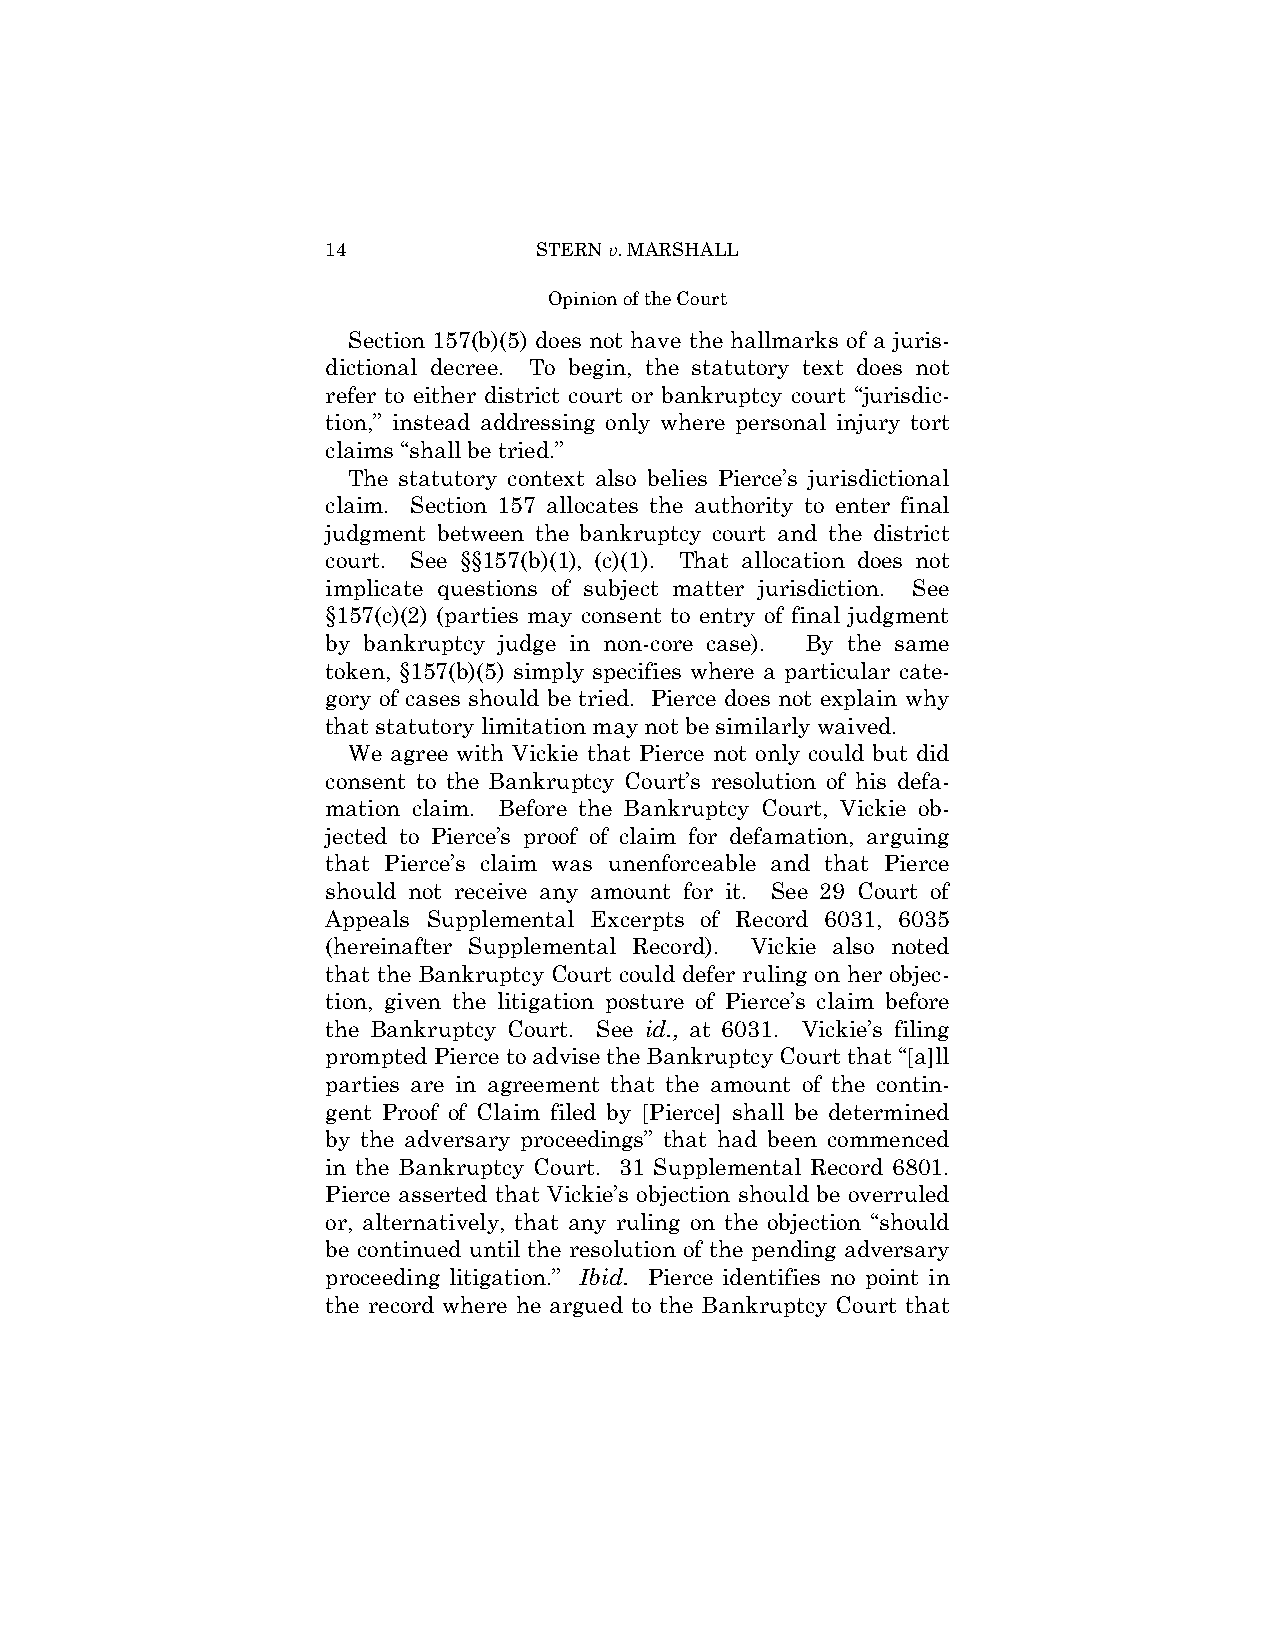
14            STERN v. MARSHALL
 Opinion of the Court
 Section 157(b)(5) does not have the hallmarks of a juris­
 dictional decree. To begin, the statutory text does not
 refer to either district court or bankruptcy court “jurisdic­
 tion,” instead addressing only where personal injury tort
 claims “shall be tried.”
 The statutory context also belies Pierce’s jurisdictional
 claim. Section 157 allocates the authority to enter final
 judgment between the bankruptcy court and the district
 court. See §§157(b)(1), (c)(1). That allocation does not
 implicate questions of subject matter jurisdiction. See
 §157(c)(2) (parties may consent to entry of final judgment
 by bankruptcy judge in non-core case). By the same
 token, §157(b)(5) simply specifies where a particular cate­
 gory of cases should be tried. Pierce does not explain why
 that statutory limitation may not be similarly waived.
 We agree with Vickie that Pierce not only could but did
 consent to the Bankruptcy Court’s resolution of his defa­
 mation claim. Before the Bankruptcy Court, Vickie ob­
 jected to Pierce’s proof of claim for defamation, arguing
 that Pierce’s claim was unenforceable and that Pierce
 should not receive any amount for it. See 29 Court of
 Appeals Supplemental Excerpts of Record 6031, 6035
 (hereinafter Supplemental Record). Vickie also noted
 that the Bankruptcy Court could defer ruling on her objec­
 tion, given the litigation posture of Pierce’s claim before
 the Bankruptcy Court. See id., at 6031. Vickie’s filing
 prompted Pierce to advise the Bankruptcy Court that “[a]ll
 parties are in agreement that the amount of the contin­
 gent Proof of Claim filed by [Pierce] shall be determined
 by the adversary proceedings” that had been commenced
 in the Bankruptcy Court. 31 Supplemental Record 6801.
 Pierce asserted that Vickie’s objection should be overruled
 or, alternatively, that any ruling on the objection “should
 be continued until the resolution of the pending adversary
 proceeding litigation.” Ibid. Pierce identifies no point in
 the record where he argued to the Bankruptcy Court that